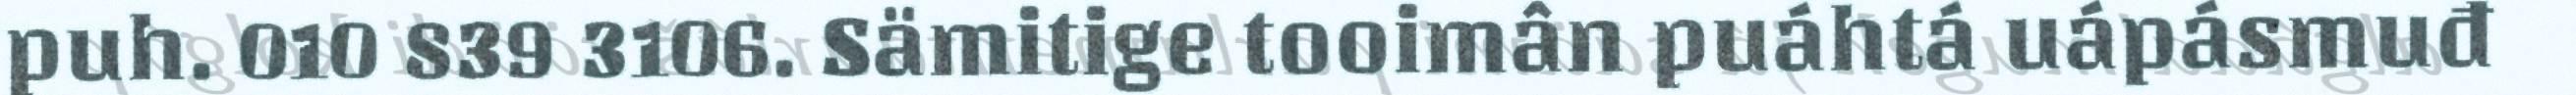
puh. 010 839 3106. Sämitige tooimân puáhtá uápásmuđ